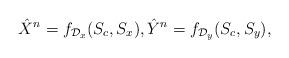
LaTeX: \begin{align*}\hat{X}^n=f_{\mathcal{D}_x}(S_c,S_x), \hat{Y}^n=f_{\mathcal{D}_y}(S_c,S_y),\end{align*}